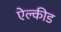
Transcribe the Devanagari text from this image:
ऐल्कीड